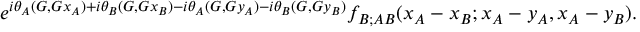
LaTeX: e ^ { i \theta _ { A } ( G , G x _ { A } ) + i \theta _ { B } ( G , G x _ { B } ) - i \theta _ { A } ( G , G y _ { A } ) - i \theta _ { B } ( G , G y _ { B } ) } f _ { B ; A B } ( x _ { A } - x _ { B } ; x _ { A } - y _ { A } , x _ { A } - y _ { B } ) .